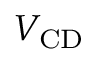
V _ { \mathrm { C D } }